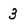
Character: 3